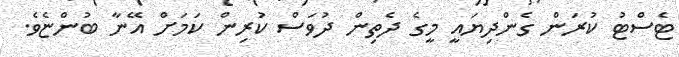
ޓެސްޓު ކުރަން ގެންދިޔައީ މީގެ ދެތިން ދުވަސް ކުރިން ކަމަށް އޭނާ ބުންޏެވެ.